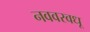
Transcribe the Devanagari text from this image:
नववरवधू